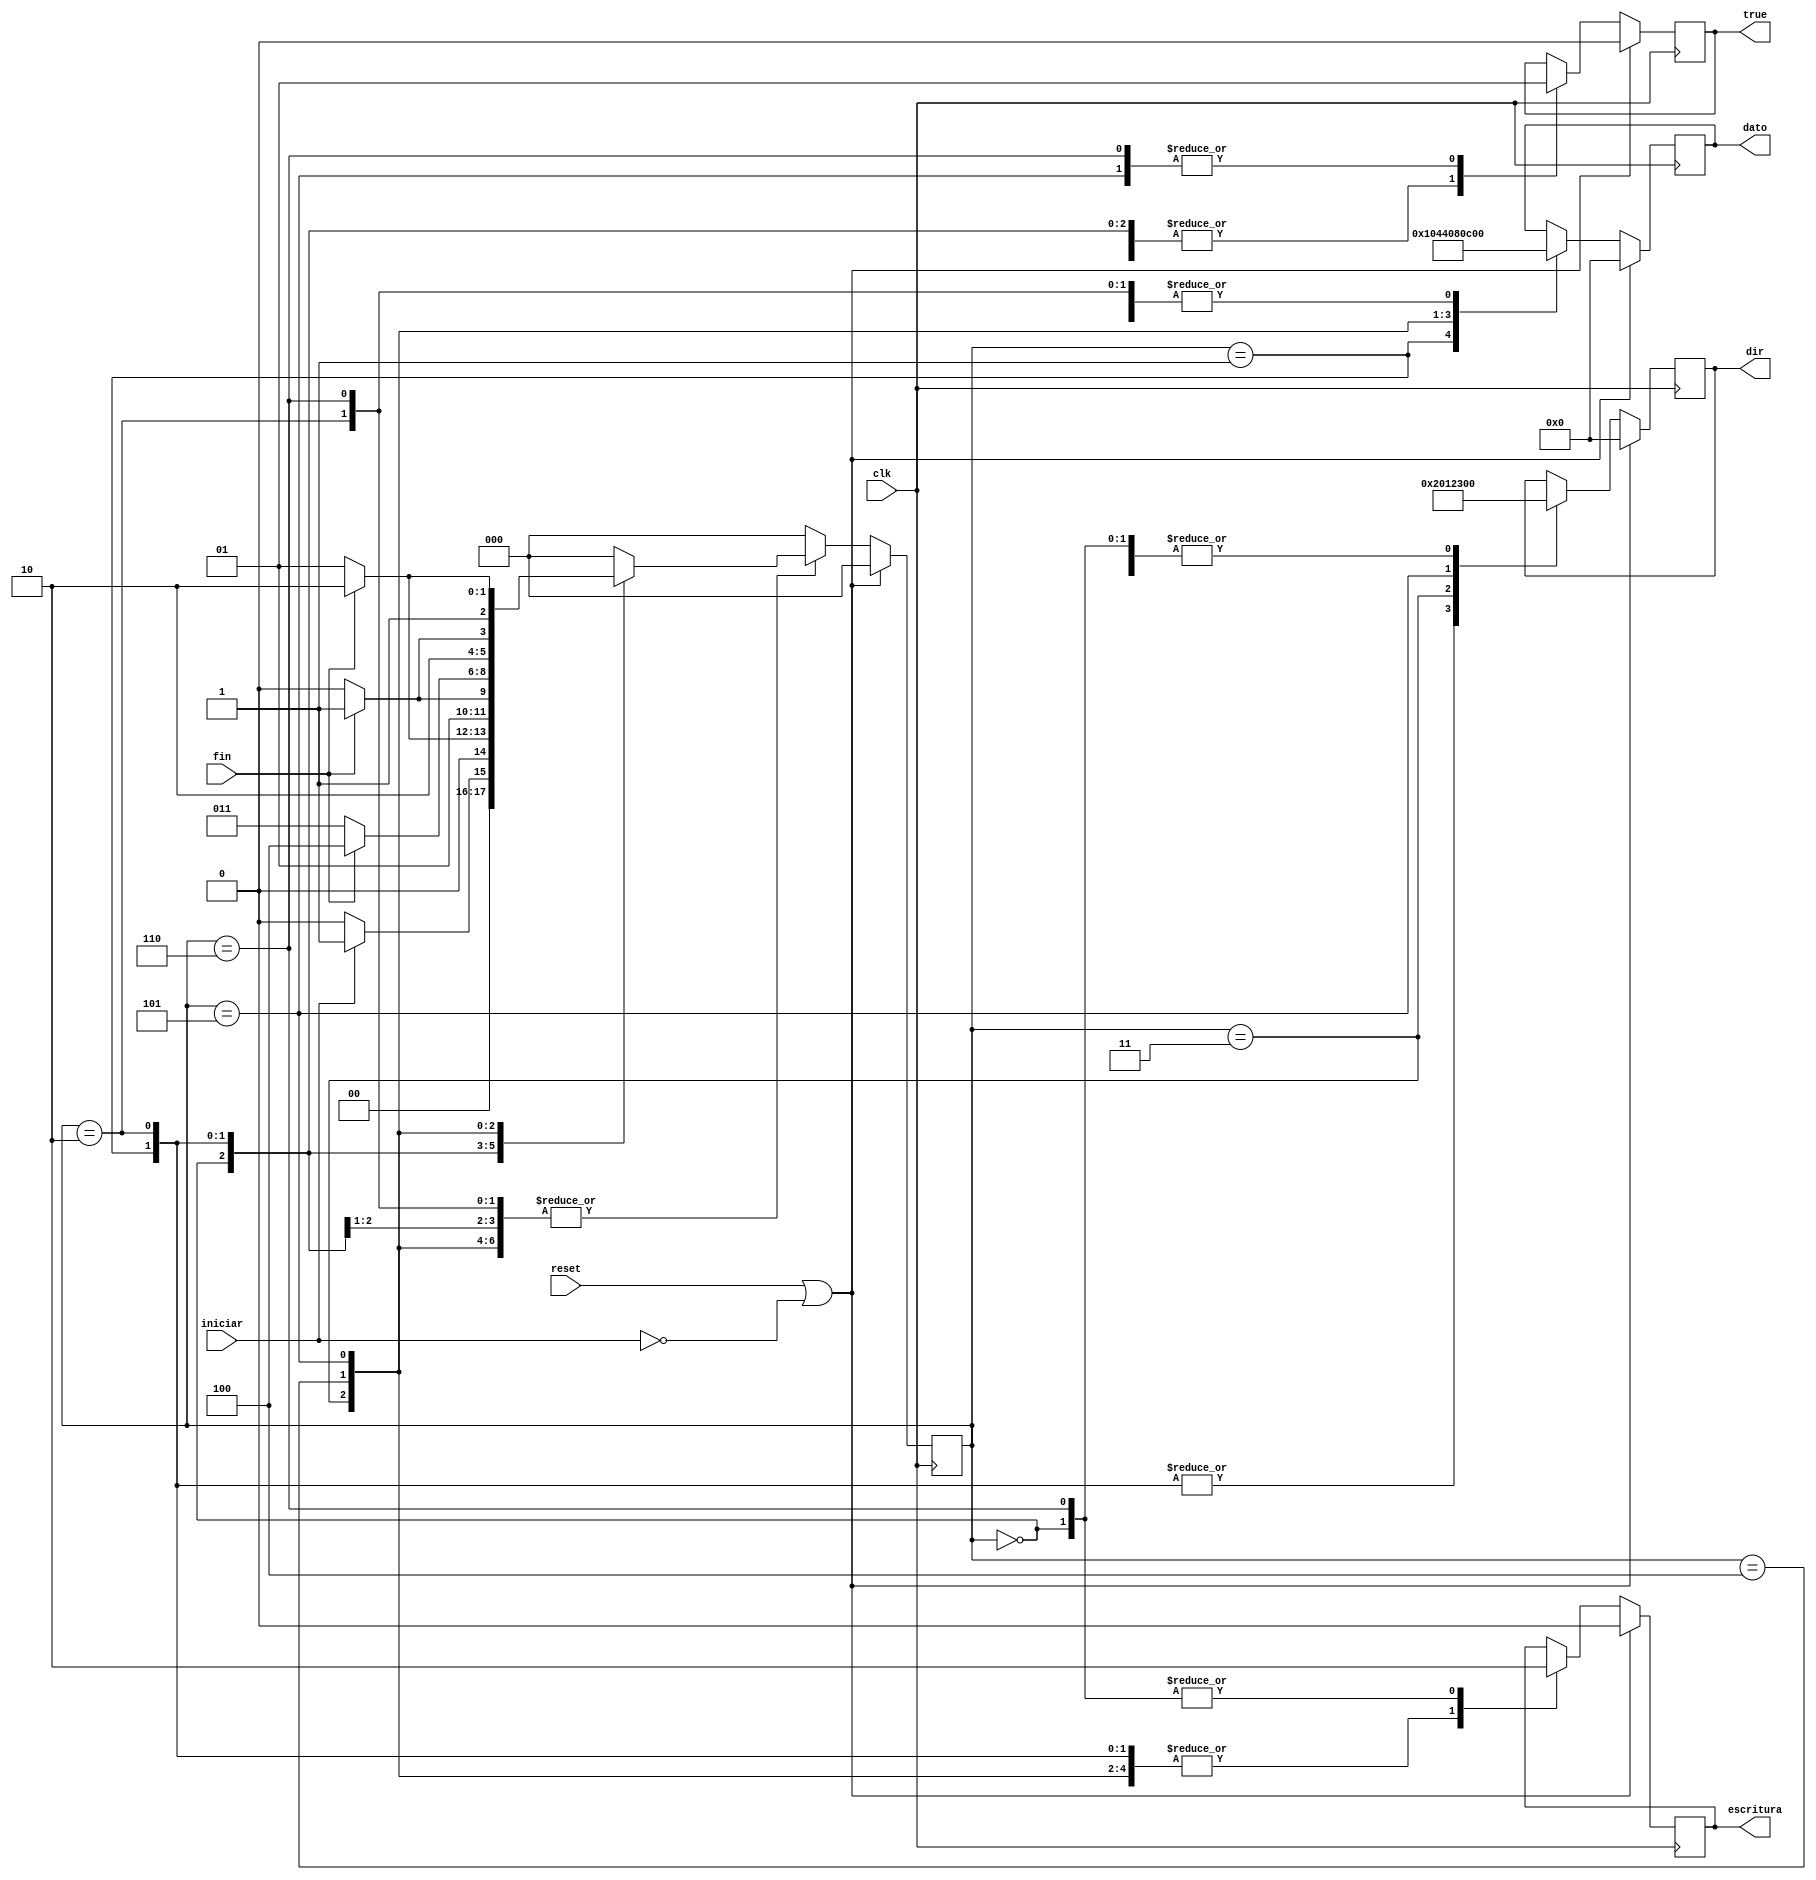
`timescale 1ns / 1ps
//////////////////////////////////////////////////////////////////////////////////
// Company: 
// Engineer: 
// 
// Design Name: 
// Module Name:    inicializacion 
// Project Name: 
// Target Devices: 
// Tool versions: 
// Description: 
//
// Dependencies: 
//
// Revision: 
// Revision 0.01 - File Created
// Additional Comments: 
//
//////////////////////////////////////////////////////////////////////////////////
module inicializacion(reset,iniciar,clk,fin,dir,dato,escritura,true);
//inicio input output
input reset;
input iniciar;
input clk;
input fin;
output [7:0] dir;
output [7:0] dato;
output escritura;
output true;
//fin input output
reg [7:0] dir;
reg [7:0] dato;
reg escritura;
reg true;
//inicio variables y parametros internos
reg [2:0] state;
reg [2:0] next_state;

parameter [2:0] inicio = 3'b000;
parameter [2:0] bit_on = 3'b001;
parameter [2:0] bit_off = 3'b010;
parameter [2:0] mascara = 3'b011;
parameter [2:0] enable = 3'b100;
parameter [2:0] init_hora = 3'b101;
parameter [2:0] finalizacion = 3'b110;

//logica de estado siguiente

always @(iniciar or fin or state)
begin
 next_state = 0;
 case (state)
 inicio:begin
         if (iniciar == 1'b1)
         next_state = bit_on;
		  else
		   next_state = inicio;
		end
 bit_on:begin
         if (fin == 1'b1)
         next_state = bit_off;
		  else
		   next_state = bit_on;
	   end
 bit_off:begin
         if (fin == 1'b1)
         next_state = mascara;
		  else
		   next_state = bit_off;
	   end
 mascara:begin
         if (fin == 1'b1)
         next_state = enable;
		  else
		   next_state = mascara;
		end
 enable:begin
         if (fin == 1'b1)
         next_state = init_hora;
		  else
		   next_state = enable;
		end
 init_hora:begin
         if (fin == 1'b1)
         next_state = finalizacion;
		  else
		   next_state = init_hora;
		end
 finalizacion:begin
		   next_state = inicio;
		end
 default:begin
          next_state = inicio;
			end
 endcase
end

//logica de salida

always @(posedge clk)
begin
	if (reset || ~iniciar)
	begin
	 dir <= 8'b0;
    dato <= 8'b0;
    escritura <= 1'b0;
    true <= 1'b0;
	 state <= inicio;
	end
	else
	begin
	 state <= next_state;
	 case(state)
     inicio:begin
	          dir <= 8'b0;
             dato <= 8'b0;
             escritura <= 1'b0;
             true <= 1'b0;
            end
     bit_on:begin
	          dir <= 8'h02;
             dato <= 8'b00010000;
             escritura <= 1'b1;
             true <= 1'b0;
            end
	  bit_off:begin
	           dir <= 8'h02;
              dato <= 1'd0;
              escritura <= 1'b1;
              true <= 1'b0;
				 end
	  mascara:begin
	           dir <= 8'h01;
              dato <= 8'b01000100;
              escritura <= 1'b1;
              true <= 1'b0;
             end
	  enable:begin
	           dir <= 8'h00;
              dato <= 8'b00001000;
              escritura <= 1'b1;
              true <= 1'b0;
             end
     init_hora:begin
	            dir <= 8'b00100011;
               dato <= 8'b00001100;
               escritura <= 1'b1;
               true <= 1'b1;
              end
	  finalizacion:begin
	            dir <= 8'b00000000;
               dato <= 8'b00000000;
               escritura <= 1'b0;
               true <= 1'b1;
              end
     default:begin
              state <= inicio;	  
             end	  
	 endcase
	end
	 
end  


endmodule